Civil Veterinary Dept. North-West Frontier Province 1933-46 - 1933-1946
Year: 1933
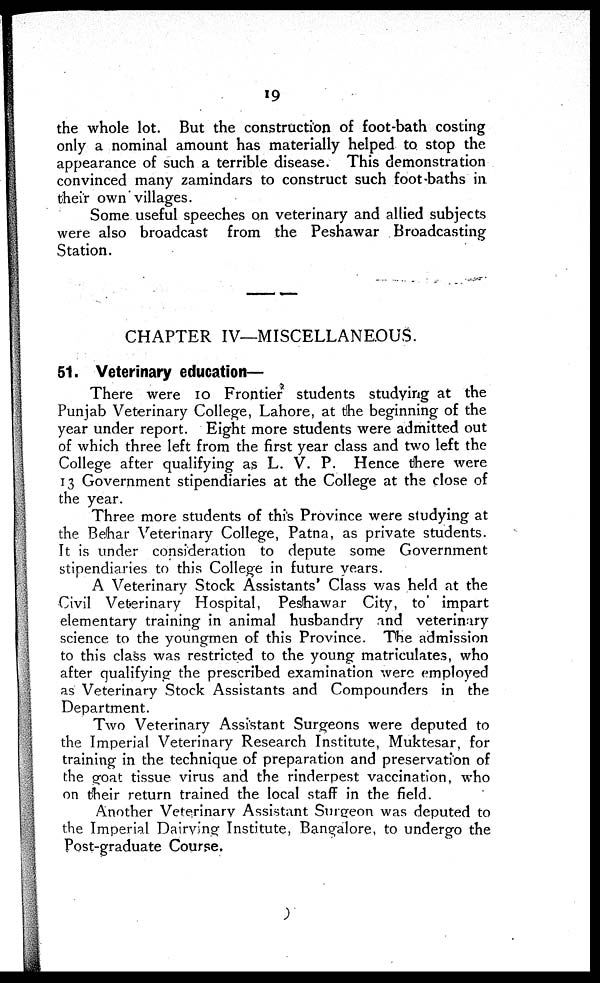
19
the whole lot. But the construction of foot-bath costing
only a nominal amount has materially helped to stop the
appearance of such a terrible disease. This demonstration
convinced many zamindars to construct such foot-baths in.
their own villages.
Some useful speeches on veterinary and allied subjects
were also broadcast from the Peshawar Broadcasting
Station.
CHAPTER IV—MISCELLANEOUS.
51. Veterinary education—
There were 10 Frontier students studying at the
Punjab Veterinary College, Lahore, at the beginning of the
year under report. Eight more students were admitted out
of which three left from the first year class and two left the
College after qualifying as L. V. P. Hence there were
13 Government stipendiaries at the College at the close of
the year.
Three more students of this Province were studying at
the Behar Veterinary College, Patna, as private students.
It is under consideration to depute some Government
stipendiaries to this College in future years.
A Veterinary Stock Assistants' Class was held at the
Civil Veterinary Hospital, Peshawar City, to impart
elementary training in animal husbandry and veterinary
science to the youngmen of this Province. The admission
to this class was restricted to the young matriculates, who
after qualifying the prescribed examination were employed
as Veterinary Stock Assistants and Compounders in the
Department.
Two Veterinary Assistant Surgeons were deputed to
the Imperial Veterinary Research Institute, Muktesar, for
training in the technique of preparation and preservation of
the goat tissue virus and the rinderpest vaccination, who
on their return trained the local staff in the field.
Another Veterinary Assistant Surgeon was deputed to
the Imperial Dairying Institute, Bangalore, to undergo the
Post-graduate Course.